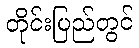
တိုင်းပြည်တွင်